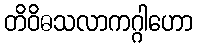
တိဝိဓသလာကဂ္ဂါဟော